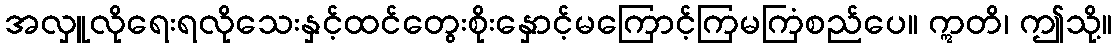
အလှူလိုရေးရလိုသေးနှင့်ထင်တွေးစိုးနှောင့်မကြောင့်ကြမကြံစည်ပေ။ ဣတိ၊ ဤသို့။